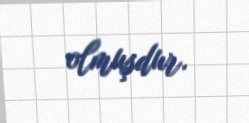
olmuşdur.